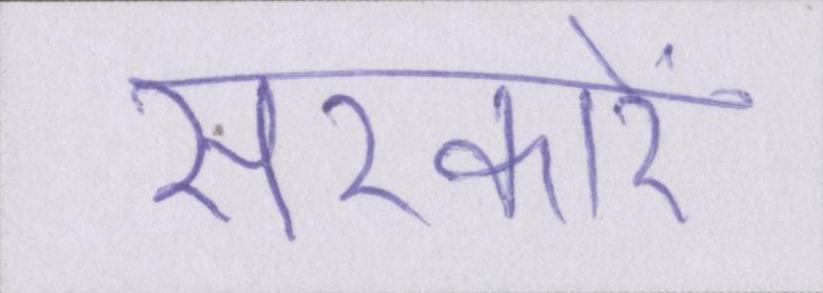
सरकारें